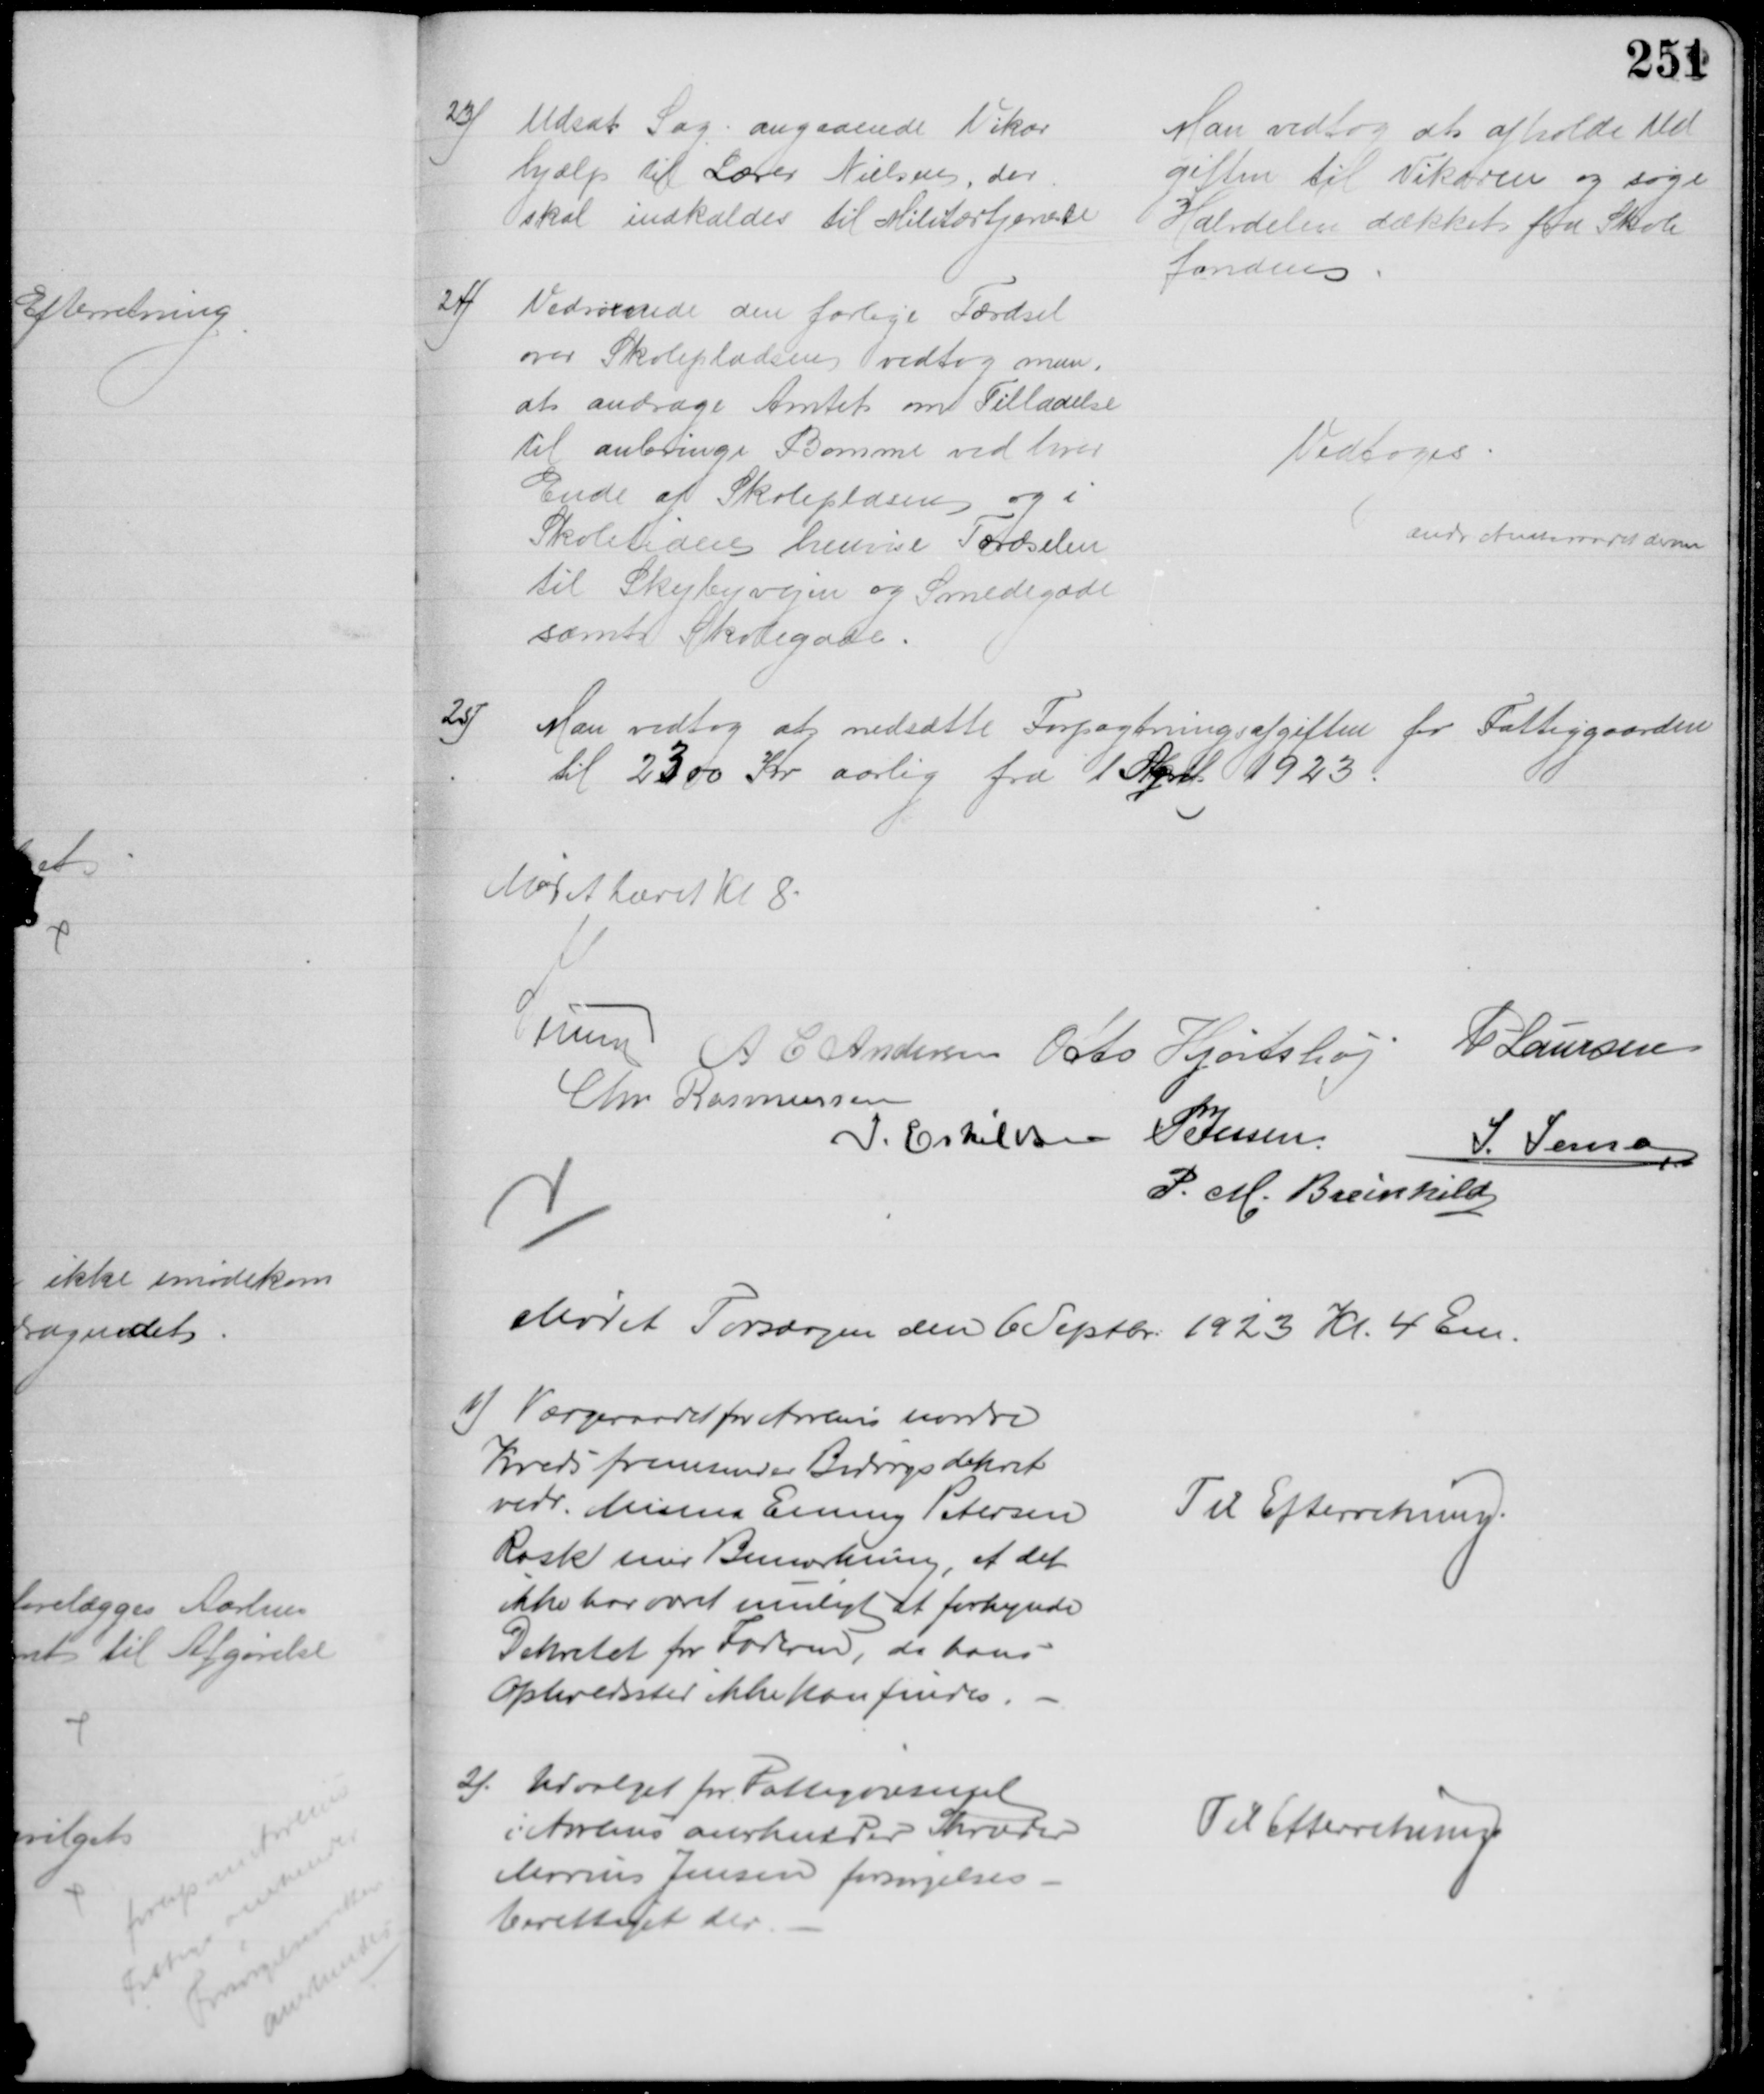
Transskription:
23)
Udsat Sag angaaende Vikar
hjælp til Lærer Nielsen, der
skal indkaldes til Militærtjeneste
Man vedtog at afholde Ud
giften til Vikaren og søge
Halvdelen dækket fra Skole
fonden
24)
Vedrørende den farlige Færdsel
over Skolepladsen vedtog man
at andrage Amtet om Tilladelse
til anbringe Bomme ved hver
Ende af Skolepladsen og i
Skoletiden henvise Færdselen
til Skejbyvejen og Smedegade
samt Skolegade.
Vedtoges
andr Amtsraadet derom
25)
Man vedtog at nedsætte Forpagtningsafgiften for Fattiggaarden
til 2300 Kr aarlig fra 1 Septb. 1923.
Mødet hævet Kl 8
A Lund A C Andersen Otto Hjortshøj
P Laursen
Chr Rasmussen
I. Eskildsen P Jessen
J. Jensen
P. M. Breinhild
Mødet Torsdagen den 6 Septbr. 1923 Kl. 4 Em.
1) Værgeraadet for Aarhus nordre
Kreds fremsender Bidragsdekret
vedr. Minna Emmy Petersen
Rask med Bemærkning, at det 
ikke har været muligt at forkynde
Dekretet for Faderen, da hans
Opholdssted ikke kan findes.
Til Efterretning.
2). Udvalget for Fattigvæsenet
i Aarhus anerkender Skræder
Marius Jensen forsørgelses-
berettiget der
Til Efterretning